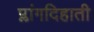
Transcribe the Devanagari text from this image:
प्लांगदिहाती